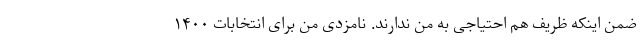
ضمن اینکه ظریف هم احتیاجی به من ندارند. نامزدی من برای انتخابات ۱۴۰۰